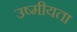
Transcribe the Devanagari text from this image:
उष्मीयता